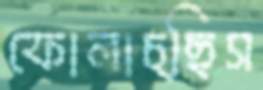
ফোলাচ্ছিস